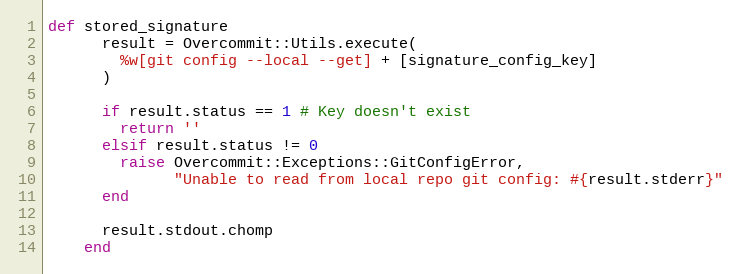
Language: Ruby
def stored_signature
      result = Overcommit::Utils.execute(
        %w[git config --local --get] + [signature_config_key]
      )

      if result.status == 1 # Key doesn't exist
        return ''
      elsif result.status != 0
        raise Overcommit::Exceptions::GitConfigError,
              "Unable to read from local repo git config: #{result.stderr}"
      end

      result.stdout.chomp
    end